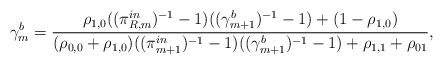
LaTeX: \begin{align*}\gamma_{m}^{b}=\frac{\rho_{1,0}((\pi_{R,m}^{in})^{-1}-1)((\gamma_{m+1}^{b})^{-1}-1)+(1-\rho_{1,0})}{(\rho_{0,0}+\rho_{1,0})((\pi_{m+1}^{in})^{-1}-1)((\gamma_{m+1}^{b})^{-1}-1)+\rho_{1,1}+\rho_{01}},\end{align*}